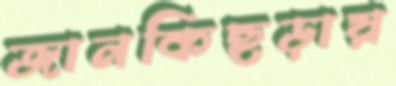
জানকিছড়ায়